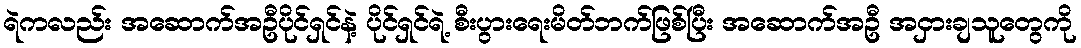
ရဲကလည်း အဆောက်အဦပိုင်ရှင်နဲ့ ပိုင်ရှင်ရဲ့ စီးပွားရေးမိတ်ဘက်ဖြစ်ပြီး အဆောက်အဦ အငှားချသူတွေကို